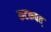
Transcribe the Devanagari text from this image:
कटकवत्